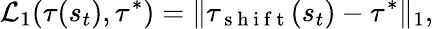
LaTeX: \mathcal{L}_{1}(\tau(s_{t}),\tau^{*})=\Vert\tau_{\mathrm{~s~h~i~f~t~}}(s_{t})-\tau^{*}\Vert_{1},